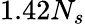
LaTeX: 1.42N_{s}